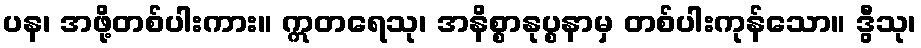
ပန၊ အဖို့တစ်ပါးကား။ ဣတရေသု၊ အနိစ္စာနုပ္စနာမှ တစ်ပါးကုန်သော။ ဒွီသု၊